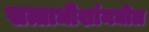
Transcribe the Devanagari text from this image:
सत्ताधीशांमधील